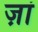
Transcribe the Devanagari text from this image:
ज़ां